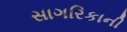
સાગરિકાની